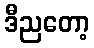
ဒီညတော့